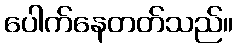
ပေါက်နေတတ်သည်။